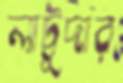
লাট্টুদার